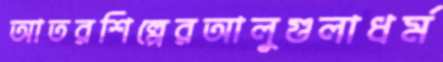
আতরশিল্পেরআলুগুলাধর্ম